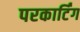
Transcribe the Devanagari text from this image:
परकार्टिंग